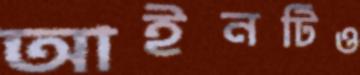
আইনটিও